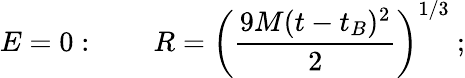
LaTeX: E=0:~~~~~~~~R=\left({\frac{9M(t-t_{B})^{2}}{2}}\right)^{1/3}~;